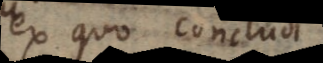
ex quo concludi